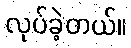
လုပ်ခဲ့တယ်။